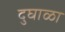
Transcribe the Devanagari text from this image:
दुघाळा